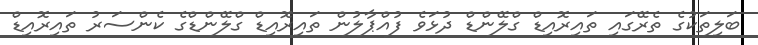
ބަލިތަކުގެ ތެރޭގައި ތައިރޮއިޑް ގްލޭންޑް ދުޅަވެ ފުއްޕާލުން ތައިރޮއިޑް ގްލޭންޑްގެ ކެންސަރު ތައިރޮއިޑް